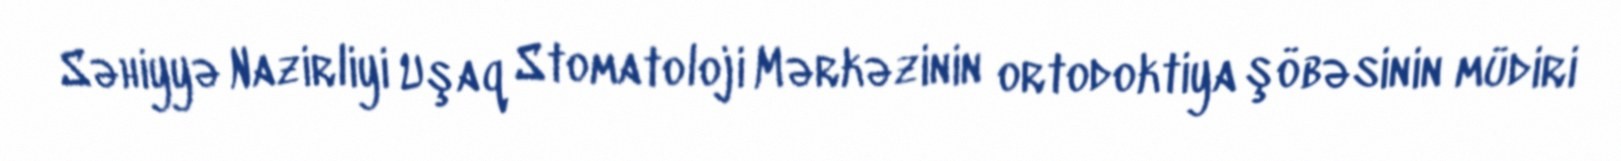
Səhiyyə Nazirliyi Uşaq Stomatoloji Mərkəzinin ortodoktiya şöbəsinin müdiri